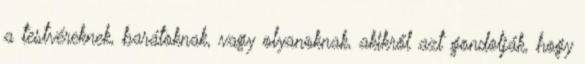
a testvéreknek, barátoknak, vagy olyanoknak, akikről azt gondolják, hogy